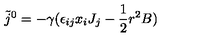
\tilde { j } ^ { 0 } = - \gamma ( \epsilon _ { i j } x _ { i } J _ { j } - \frac { 1 } { 2 } r ^ { 2 } B )